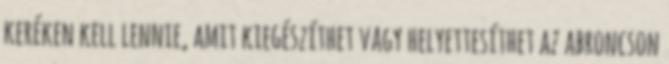
keréken kell lennie, amit kiegészíthet vagy helyettesíthet az abroncson